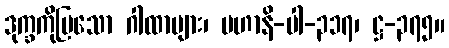
ဒုက္ခကိုပြသော ဂါထာများ၊ မဟာနိ-ပါ-၃၁၇၊ ဋ္ဌ-၃၇၅။